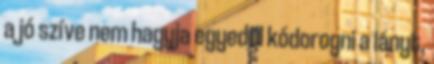
a jó szíve nem hagyja egyedül kódorogni a lányt,